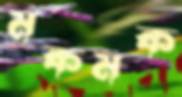
মকমক